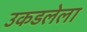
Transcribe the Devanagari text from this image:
उकडलेला